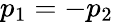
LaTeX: p_{1}=-p_{2}